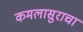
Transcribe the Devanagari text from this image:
कमलासुराचा